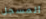
المسجل